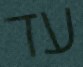
עד